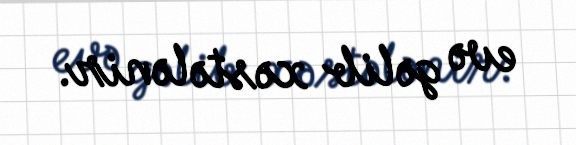
evə gəlib xəstələnir.